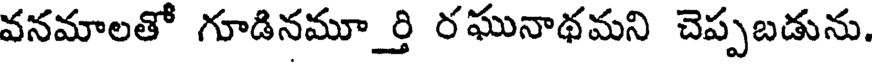
వనమాలతో గూడినమూర్తి రఘునాథమని చెప్పబడును.